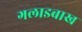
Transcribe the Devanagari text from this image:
गलाडबाख